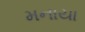
મનાયા